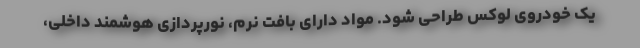
یک خودروی لوکس طراحی شود. مواد دارای بافت نرم، نورپردازی هوشمند داخلی،